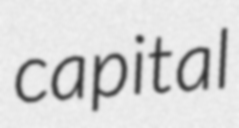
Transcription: capital